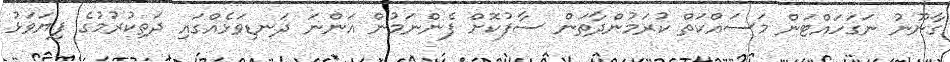
ގާނޫނު ނަގަހައްޓަން މަސައްކަތް ކުރަމުންދާތަން ސާފުކޮށް ފެންނަމުން އަންނަ ދަނޑިވަޅެއްގައި ދަތިކުރުމުގެ ފިޔަވަޅު